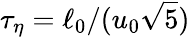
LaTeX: \tau_{\eta}=\ell_{0}/(u_{0}\sqrt{{5}})